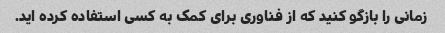
زمانی را بازگو کنید که از فناوری برای کمک به کسی استفاده کرده اید.